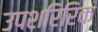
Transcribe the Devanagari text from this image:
उपशरिरिक